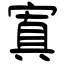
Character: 寘